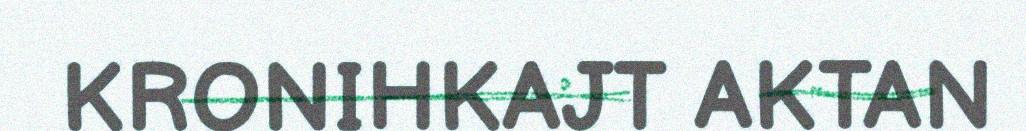
KRONIHKAJT AKTAN